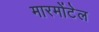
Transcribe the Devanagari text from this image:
मारमोंटेल